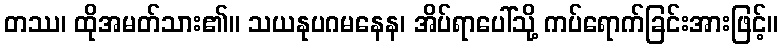
တဿ၊ ထိုအမတ်သား၏။ သယနုပဂမနေန၊ အိပ်ရာပေါ်သို့ ကပ်ရောက်ခြင်းအားဖြင့်။